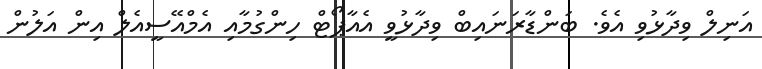
އަނިލް ވިދާޅުވި އެވެ. ބަންޑާރަނައިބް ވިދާޅުވީ އެއާޕޯޓް ހިންގުމާއި އެމްއޭސީއެލް އިން އަލުން